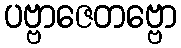
ပဗ္ဗာဇေတဗ္ဗော